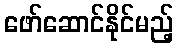
ဖော်ဆောင်နိုင်မည့်